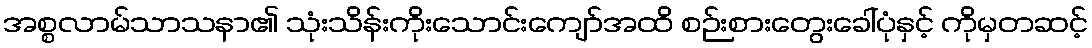
အစ္စလာမ်သာသနာ၏ သုံးသိန်းကိုးသောင်းကျော်အထိ စဉ်းစားတွေးခေါ်ပုံနှင့် ကိုမှတဆင့်